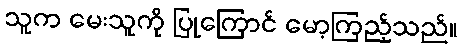
သူက မေးသူကို ပြုကြောင် မော့ကြည့်သည်။